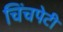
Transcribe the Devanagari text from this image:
चिंचपेटी